Scottish Leaving Certificate Examination, 1960
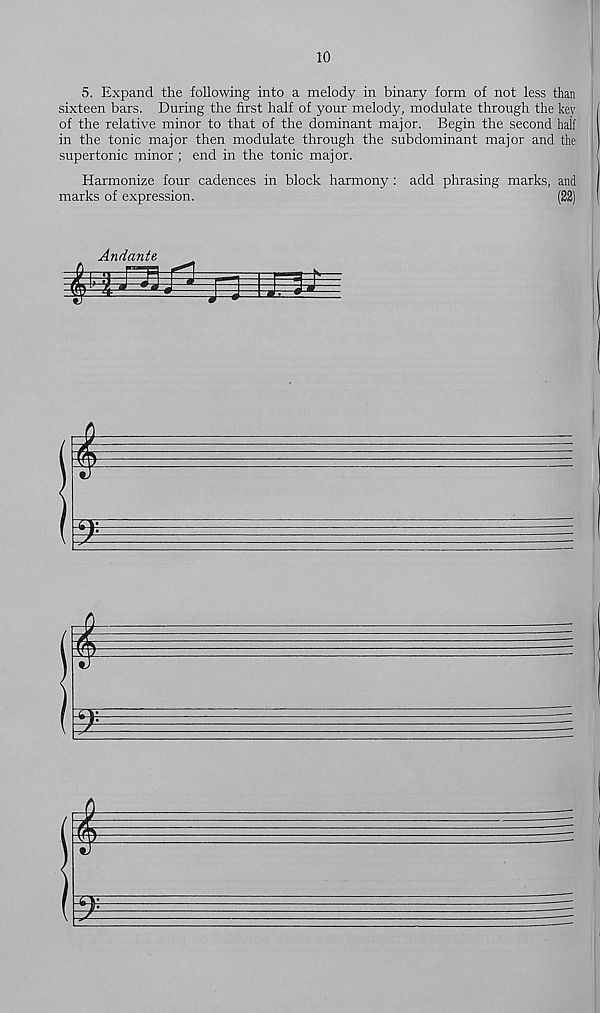
10
5. Expand the following into a melody in binary form of not less than
sixteen bars. During the first half of your melody, modulate through the key
of the relative minor to that of the dominant major. Begin the second half
in the tonic major then modulate through the subdominant major and the
supertonic minor ; end in the tonic major.
Harmonize four cadences in block harmony : add phrasing marks, and
marks of expression.
(22)